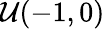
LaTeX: \mathcal{U}(-1,0)